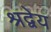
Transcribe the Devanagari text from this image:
श्रद्वेय